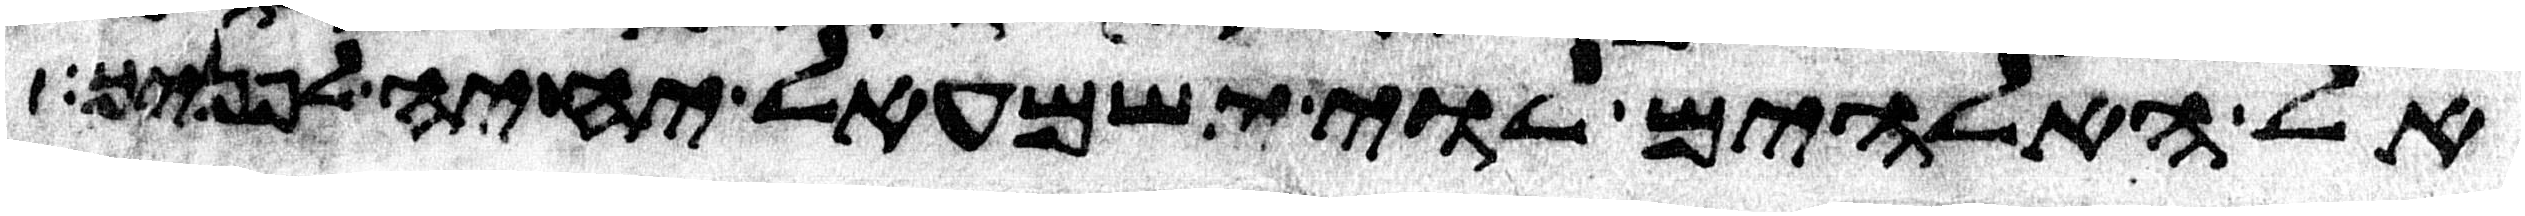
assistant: אל האלהים לוי ישמעאל יחיה לפניך